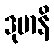
ဒုမာနိ